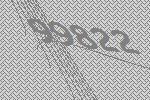
99822